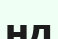
нд